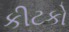
કીટકો